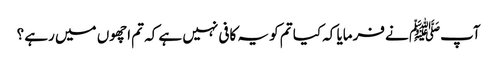
آپﷺ نے فرمایا کہ کیا تم کو یہ کافی نہیں ہے کہ تم اچھوں میں رہے ؟